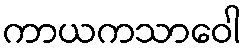
ကာယကသာဝေါ